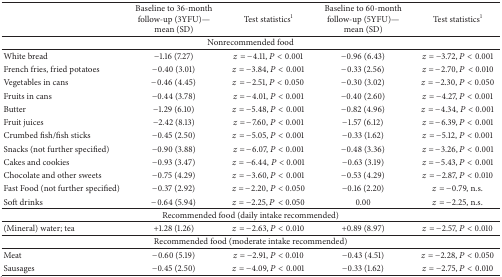
<table><thead><tr><td><b> </b></td><td><b>Baseline to 36-month follow-up (3YFU)—mean (SD)</b></td><td><b>Test statistics<sup>1</sup></b></td><td><b>Baseline to 60-month follow-up (5YFU)—mean (SD)</b></td><td><b>Test statistics<sup>1</sup></b></td></tr></thead><tbody><tr><td colspan="5">Nonrecommended food</td></tr><tr><td>White bread</td><td>−1.16 (7.27)</td><td><i>z</i> = −4.11, <i>P</i> &lt; 0.001</td><td>−0.96 (6.43)</td><td><i>z</i> = −3.72, <i>P</i> &lt; 0.001</td></tr><tr><td>French fries, fried potatoes</td><td>−0.40 (3.01)</td><td><i>z</i> = −3.84, <i>P</i> &lt; 0.001</td><td>−0.33 (2.56)</td><td><i>z</i> = −2.70, <i>P</i> &lt; 0.010</td></tr><tr><td>Vegetables in cans</td><td>−0.46 (4.45)</td><td><i>z</i> = −2.51, <i>P</i> &lt; 0.050</td><td>−0.30 (3.02)</td><td><i>z</i> = −2.30, <i>P</i> &lt; 0.050</td></tr><tr><td>Fruits in cans</td><td>−0.44 (3.78)</td><td><i>z</i> = −4.01, <i>P</i> &lt; 0.001</td><td>−0.40 (2.60)</td><td><i>z</i> = −4.27, <i>P</i> &lt; 0.001</td></tr><tr><td>Butter</td><td>−1.29 (6.10)</td><td><i>z</i> = −5.48, <i>P</i> &lt; 0.001</td><td>−0.82 (4.96)</td><td><i>z</i> = −4.34, <i>P</i> &lt; 0.001</td></tr><tr><td>Fruit juices</td><td>−2.42 (8.13)</td><td><i>z</i> = −7.60, <i>P</i> &lt; 0.001</td><td>−1.57 (6.12)</td><td><i>z</i> = −6.39, <i>P</i> &lt; 0.001</td></tr><tr><td>Crumbed fish/fish sticks</td><td>−0.45 (2.50)</td><td><i>z</i> = −5.05, <i>P</i> &lt; 0.001</td><td>−0.33 (1.62)</td><td><i>z</i> = −5.12, <i>P</i> &lt; 0.001</td></tr><tr><td>Snacks (not further specified)</td><td>−0.90 (3.88)</td><td><i>z</i> = −6.07, <i>P</i> &lt; 0.001</td><td>−0.48 (3.36)</td><td><i>z</i> = −3.26, <i>P</i> &lt; 0.001</td></tr><tr><td>Cakes and cookies</td><td>−0.93 (3.47)</td><td><i>z</i> = −6.44, <i>P</i> &lt; 0.001</td><td>−0.63 (3.19)</td><td><i>z</i> = −5.43, <i>P</i> &lt; 0.001</td></tr><tr><td>Chocolate and other sweets</td><td>−0.75 (4.29)</td><td><i>z</i> = −3.60, <i>P</i> &lt; 0.001</td><td>−0.53 (4.29)</td><td><i>z</i> = −2.87, <i>P</i> &lt; 0.010</td></tr><tr><td>Fast Food (not further specified)</td><td>−0.37 (2.92)</td><td><i>z</i> = −2.20, <i>P</i> &lt; 0.050</td><td>−0.16 (2.20)</td><td><i>z</i> = −0.79, n.s.</td></tr><tr><td>Soft drinks</td><td>−0.64 (5.94)</td><td><i>z</i> = −2.25, <i>P</i> &lt; 0.050</td><td> 0.00</td><td><i>z</i> = −2.25, n.s.</td></tr><tr><td colspan="5">Recommended food (daily intake recommended)</td></tr><tr><td>(Mineral) water; tea</td><td>+1.28 (1.26)</td><td><i>z</i> = −2.63, <i>P</i> &lt; 0.010</td><td>+0.89 (8.97)</td><td><i>z</i> = −2.57, <i>P</i> &lt; 0.010</td></tr><tr><td colspan="5">Recommended food (moderate intake recommended)</td></tr><tr><td>Meat</td><td>−0.60 (5.19)</td><td><i>z</i> = −2.91, <i>P</i> &lt; 0.010</td><td>−0.43 (4.51)</td><td><i>z</i> = −2.28, <i>P</i> &lt; 0.050</td></tr><tr><td>Sausages</td><td>−0.45 (2.50)</td><td><i>z</i> = −4.09, <i>P</i> &lt; 0.001</td><td>−0.33 (1.62)</td><td><i>z</i> = −2.75, <i>P</i> &lt; 0.010</td></tr></tbody></table>